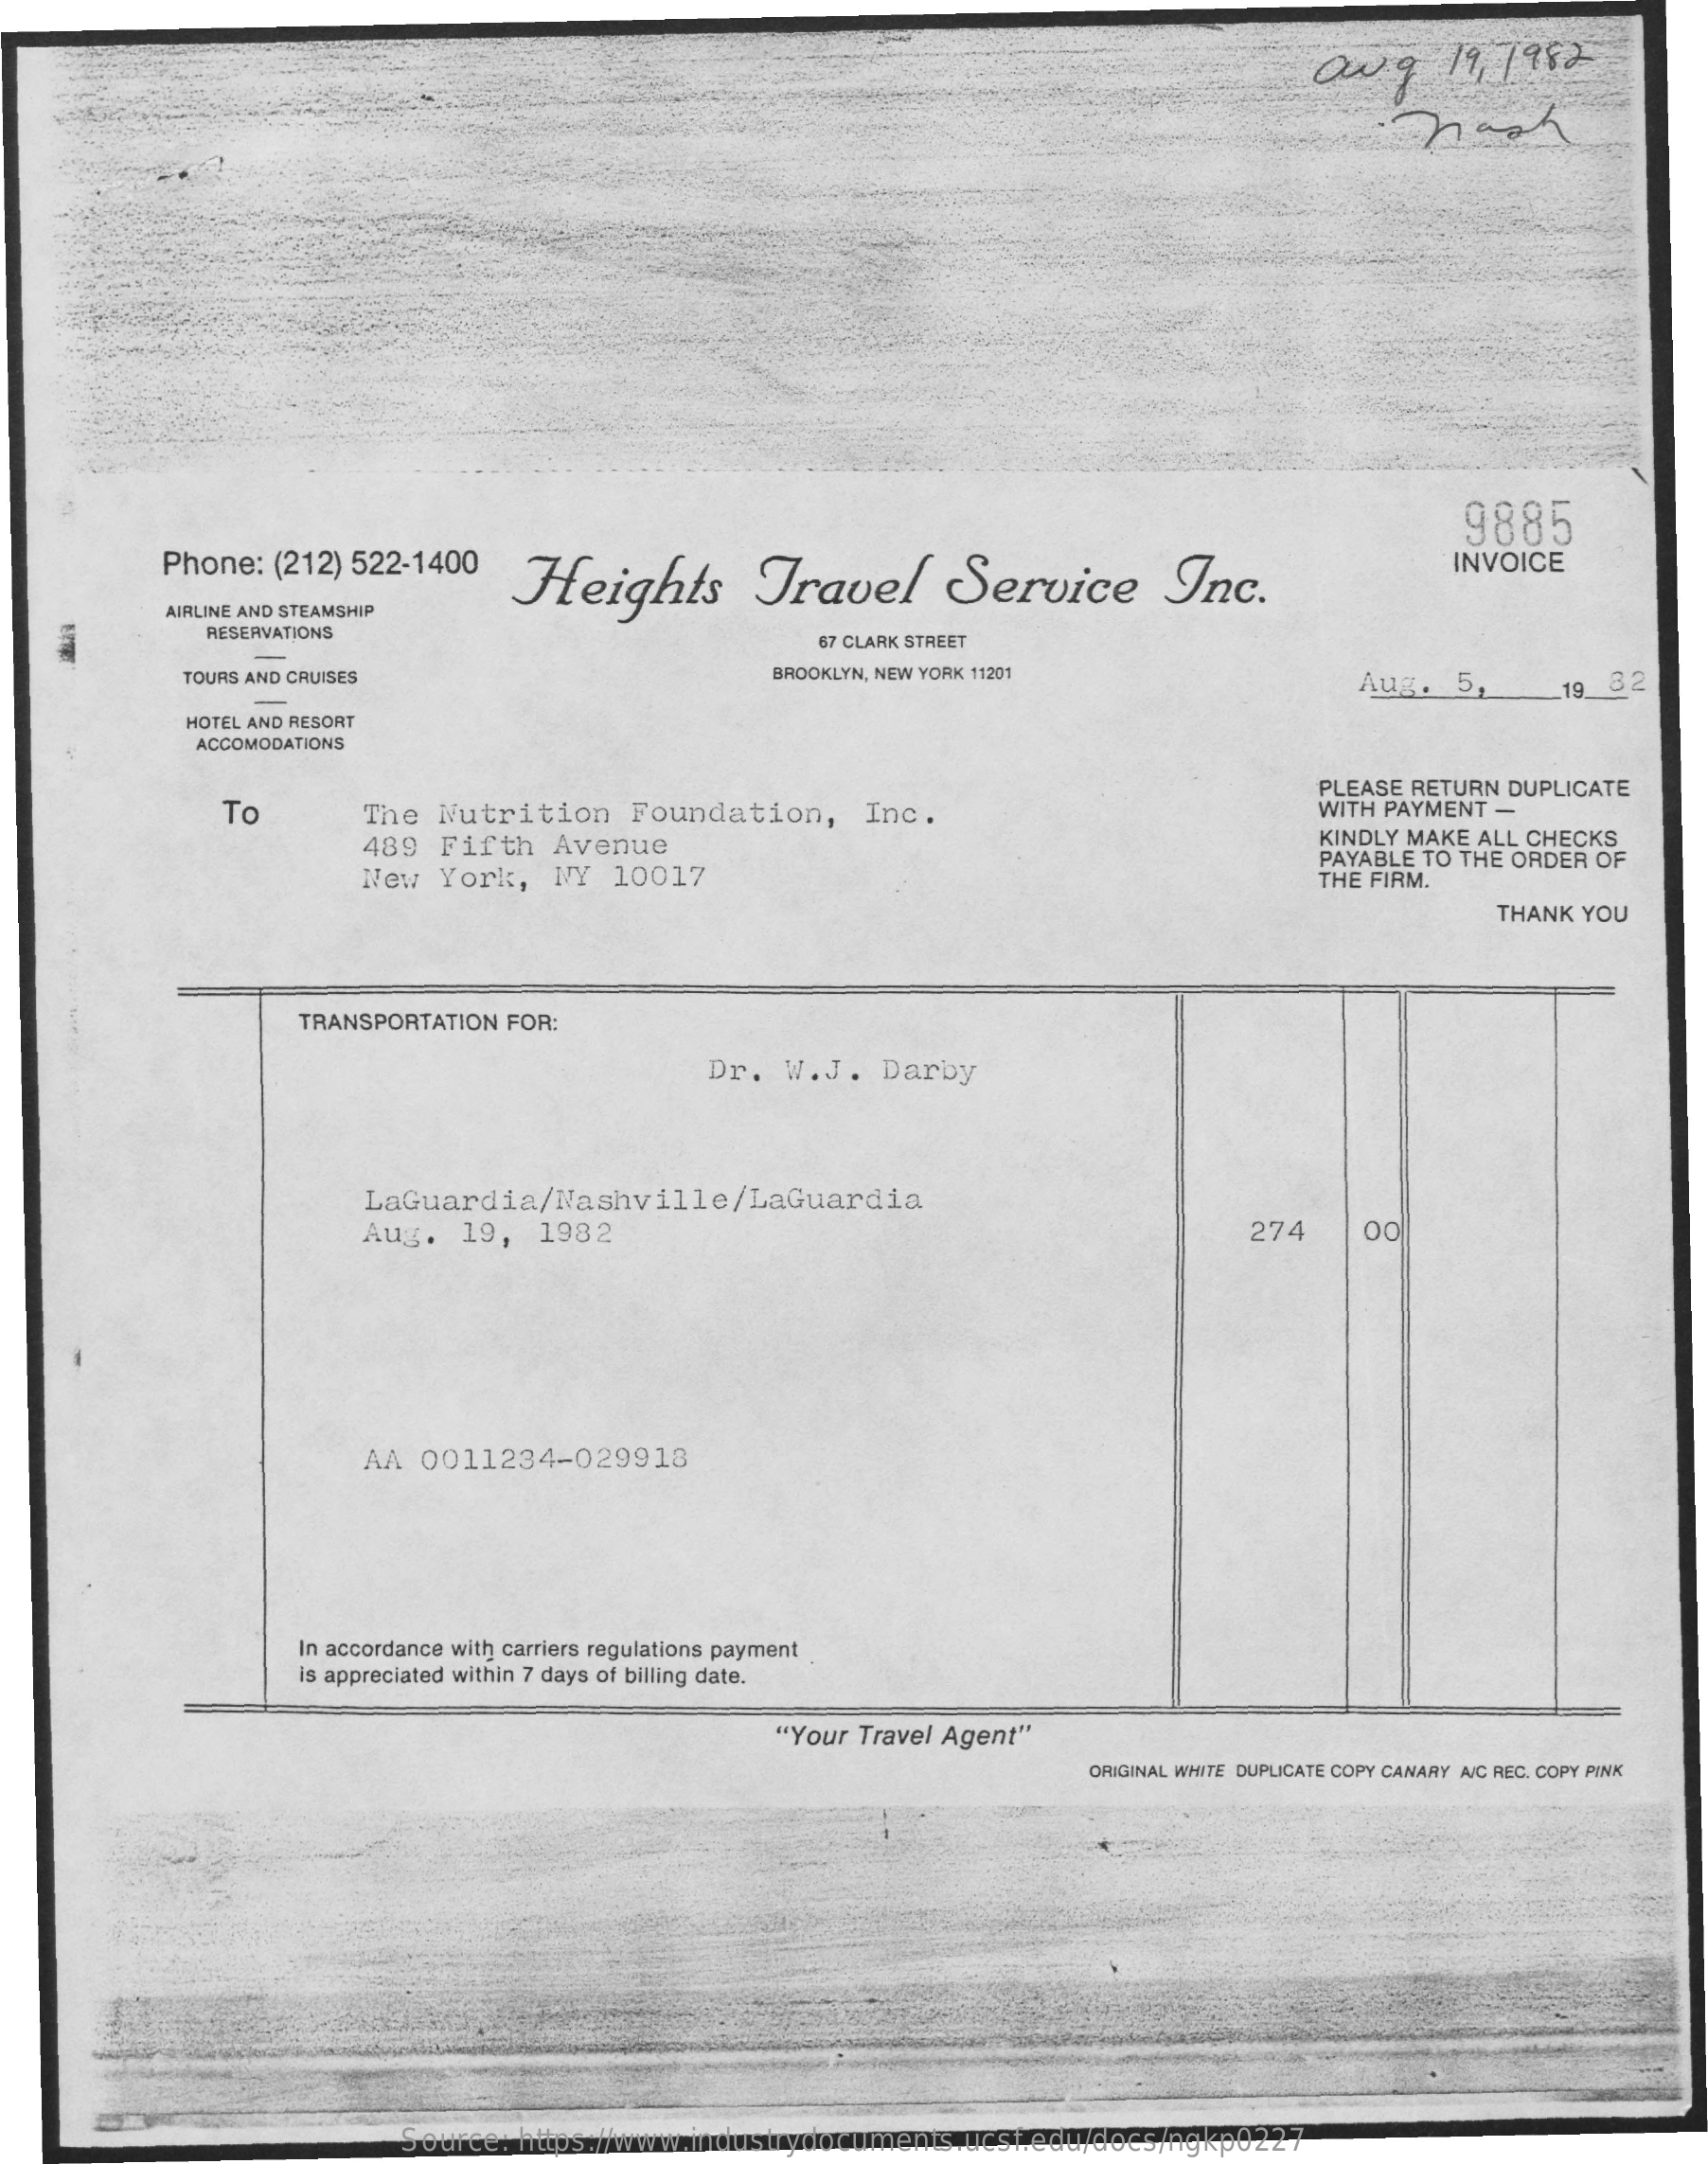
Ow   q   19, 1982
     9885
     Phone: (212) 522-1400
     Heights    Travel    Service    Inc.
     INVOICE
     AIRLINE AND STEAMSHIP
     RESERVATIONS    67 CLARK STREET
     TOURS AND CRUISES    BROOKLYN, NEW YORK 11201    Aug.   5,    32
     HOTEL AND RESORT
     ACCOMODATIONS
     To    The  Nutrition   Foundation,    Inc.
     PLEASE RETURN DUPLICATE
     WITH PAYMENT -
     489  Fifth  Avenue    KINDLY MAKE ALL CHECKS
     New  York,  NY  10017
     PAYABLE TO THE ORDER OF
     THE FIRM.
     THANK YOU
     TRANSPORTATION FOR:
     Dr. W.J.   Darby
     LaGuardia/Nashville/LaGuardia
     Aug.  19,  1982    274    00
     AA  0011234-029918
     In accordance with carriers regulations payment
     is appreciated within 7 days of billing date.
     "Your Travel Agent"
     ORIGINAL WHITE DUPLICATE COPY CANARY A/C REC. COPY PINK
     Source: https://www.industrydocuments.ucsf.edu/docs/ngkp0227